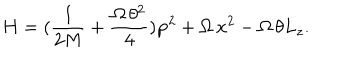
H = ( \frac { 1 } { 2 M } + \frac { \Omega \, \theta ^ { 2 } } { 4 } ) { \bf p } ^ { 2 } + \Omega \, { \bf x } ^ { 2 } - \Omega \, \theta L _ { z } .